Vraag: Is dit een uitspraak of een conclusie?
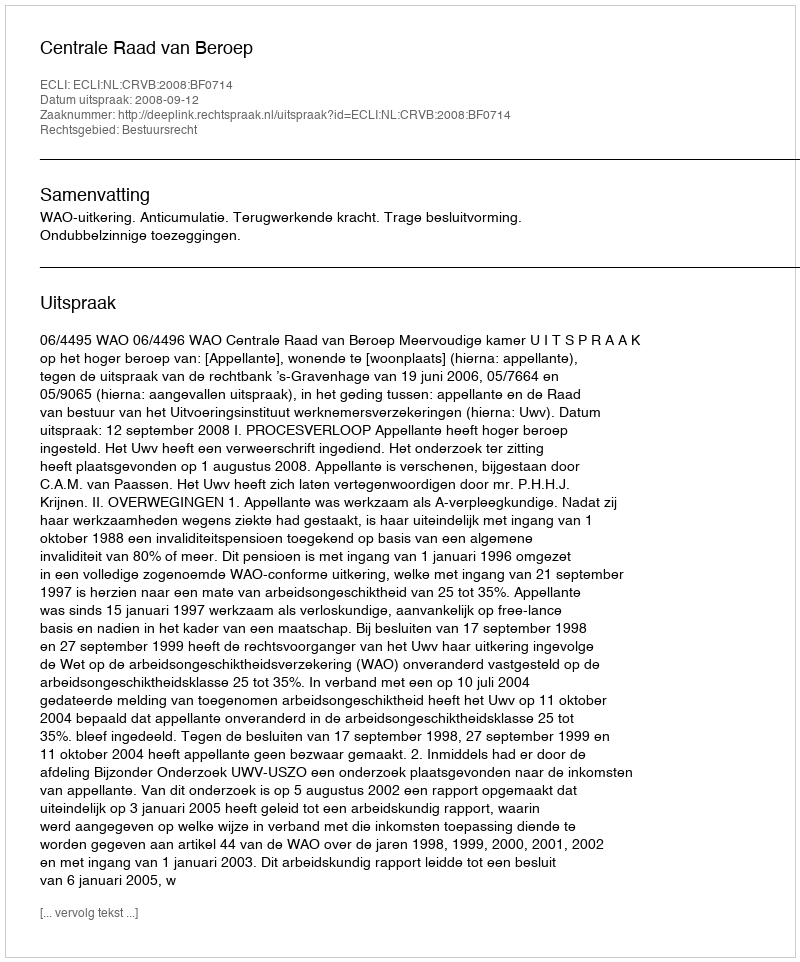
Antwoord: Uitspraak